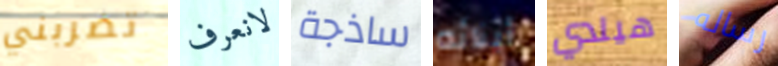
تضربني لانعرف ساذجة أبنائه هيلدي رساله